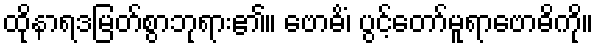
ထိုနာရဒမြတ်စွာဘုရား၏။ ဗောဓိံ၊ ပွင့်တော်မူရာဗောဓိကို။